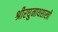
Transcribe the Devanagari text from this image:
श्रीरघुनाथशास्त्री